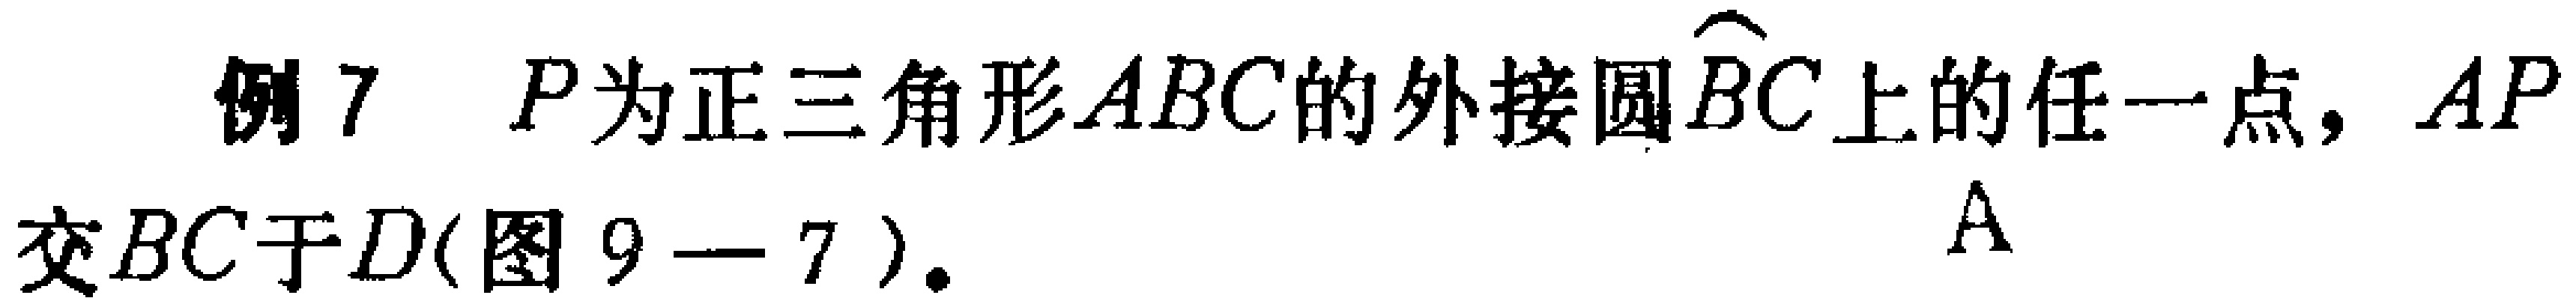
例7 \(P\)为正三角形\(ABC\)的外接圆\(\overset{\frown}{BC}\)上的任一点，\(AP\)交\(BC\)于\(D\)(图9 - 7)。